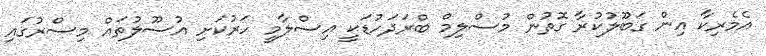
އެމެރިކާ އިން ގަބޫލުކުރާ ގޮތުން މުސްލިމް ބްރަދަހުޑަކީ އިސްލާމީ ހަރުކަށި އުސޫލުތައް މިސްރުގައި